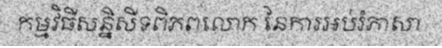
កម្មវិធីសន្និសីទពិភពលោក នៃការអប់រំភាសា